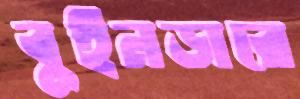
বুইনডারে